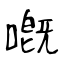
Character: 嘅